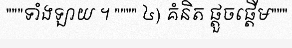
"""ទាំងឡាយ ។ """" ៤) គំនិត ផ្តួចផ្តើម"""